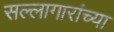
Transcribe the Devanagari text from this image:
सल्लागारांच्या